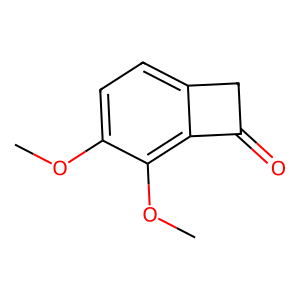
SMILES: COc1ccc2c(c1OC)C(=O)C2
Inhibits HIV replication: No